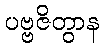
ပဗ္ဗဇိတွာန